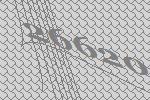
26620